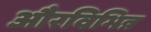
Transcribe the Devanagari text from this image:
औरविभिन्न